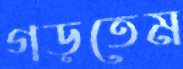
গড়তেম